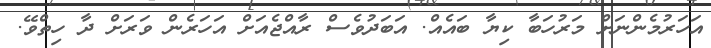
އަހަރުމެންނަށް މަރުހަބާ ކިޔާ ބައެއް. އަބަދުވެސް ރާއްޖެއަށް އަހަރެން ވަރަށް ދާ ހިތްވޭ.